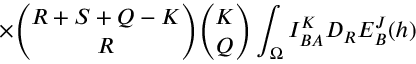
\times { \binom { R + S + Q - K } { R } } { \binom { K } { Q } } \int _ { \Omega } I _ { B A } ^ { K } D _ { R } E _ { B } ^ { J } ( h )